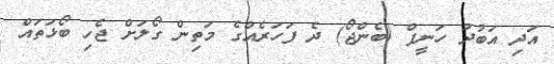
އަދި އަބުދު ހަނީފް (ބެންޖޯ) ދެ ފަހަރެއްގެ މަތިން ގޯލަށް ޖެހި ބޯޅަތައް